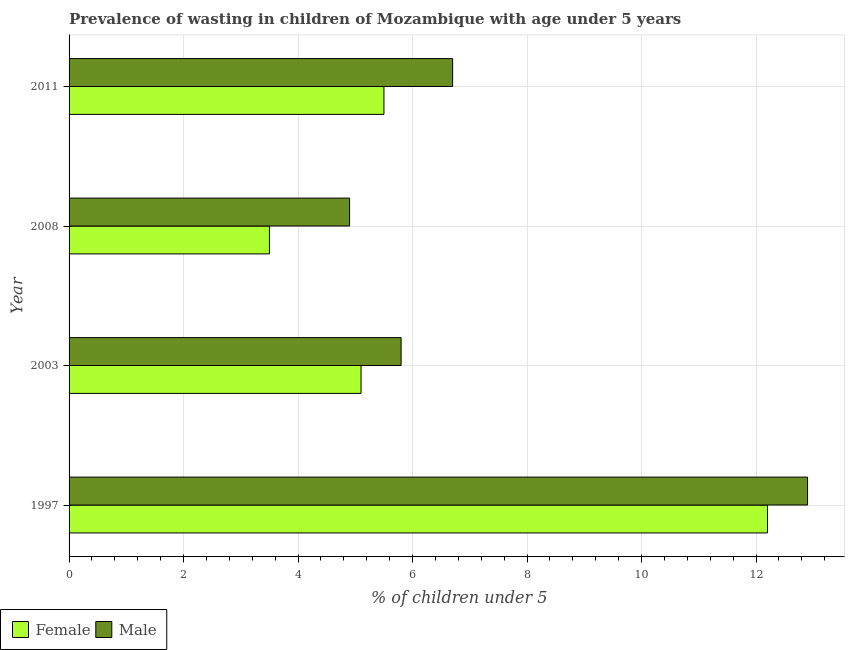
| Year | Female | Male |
 | --- | --- | --- |
 | 1997 | 12.2 | 12.9 |
 | 2003 | 5.1 | 5.8 |
 | 2008 | 3.5 | 4.9 |
 | 2011 | 5.5 | 6.7 |